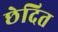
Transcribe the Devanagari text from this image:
छेदित